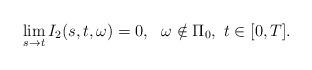
LaTeX: \begin{align*}\lim_{s\to t}I_2(s,t,\omega)=0,\ \ \omega\notin \Pi_0,\ t\in [0,T].\end{align*}